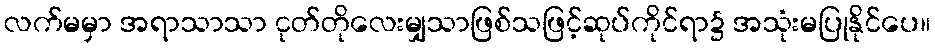
လက်မမှာ အရာသာသာ ငုတ်တိုလေးမျှသာဖြစ်သဖြင့်ဆုပ်ကိုင်ရာ၌ အသုံးမပြုနိုင်ပေ။